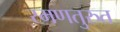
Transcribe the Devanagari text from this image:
रमणतुरुत